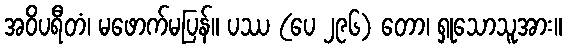
အဝိပရီတံ၊ မဖောက်မပြန်။ ပဿ (ပေ ၂၉၆) တော၊ ရှုသောသူအား။